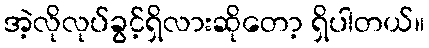
အဲ့လိုလုပ်ခွင့်ရှိလားဆိုတော့ ရှိပါတယ်။